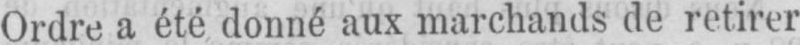
Ordre a été donné aux marchands de retirer